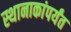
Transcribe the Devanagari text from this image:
स्थानाकांपर्यंत